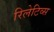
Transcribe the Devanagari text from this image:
रिलेटिव्स